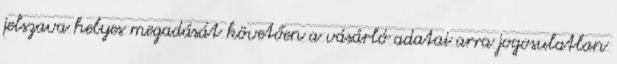
jelszava helyes megadását követően a vásárló adatai arra jogosulatlan